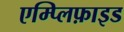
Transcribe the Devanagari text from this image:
एम्प्लिफ़ाइड